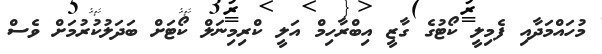
މުހައްމަދާއި ފެމިލީ ކޯޓުގެ ގާޒީ އިބްރާހިމް އަލީ ކްރިމިނަލް ކޯޓަށް ބަދަލުކުރުމަށް ވެސް